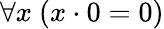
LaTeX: \forall x\ (x\cdot 0=0)